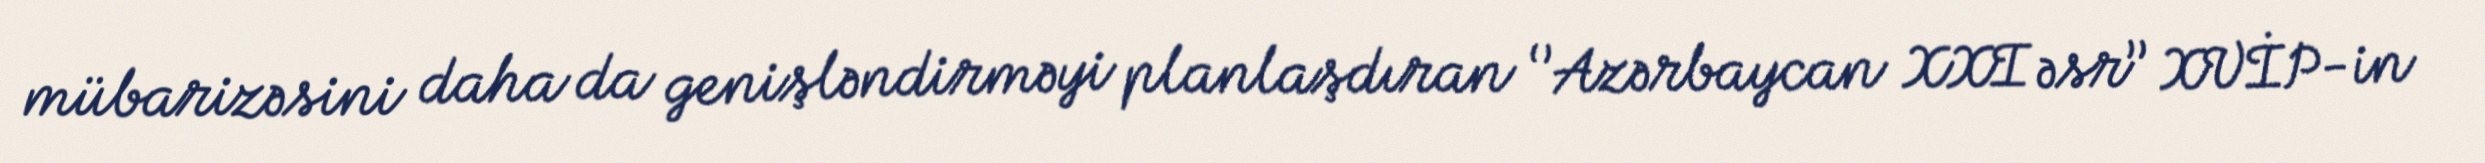
mübarizəsini daha da genişləndirməyi planlaşdıran ‘’Azərbaycan XXI əsr’’ XVİP-in